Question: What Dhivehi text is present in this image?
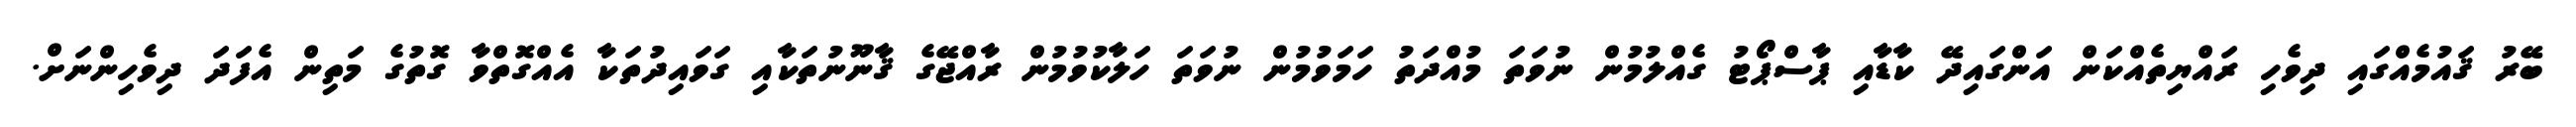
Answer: ބޭރު ޤައުމެއްގައި ދިވެހި ރައްޔިތެއްކަން އަންގައިދޭ ކާޑާއި ޕާސްޕޯޓު ގެއްލުމުން ނުވަތަ މުއްދަތު ހަމަވުމުން ނުވަތަ ހަލާކުވުމުން ރާއްޖޭގެ ޤާނޫނުތަކާއި ގަވައިދުތަކާ އެއްގޮތްވާ ގޮތުގެ މަތިން އެފަދަ ދިވެހިންނަށް.